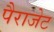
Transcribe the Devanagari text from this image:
पैराजेट